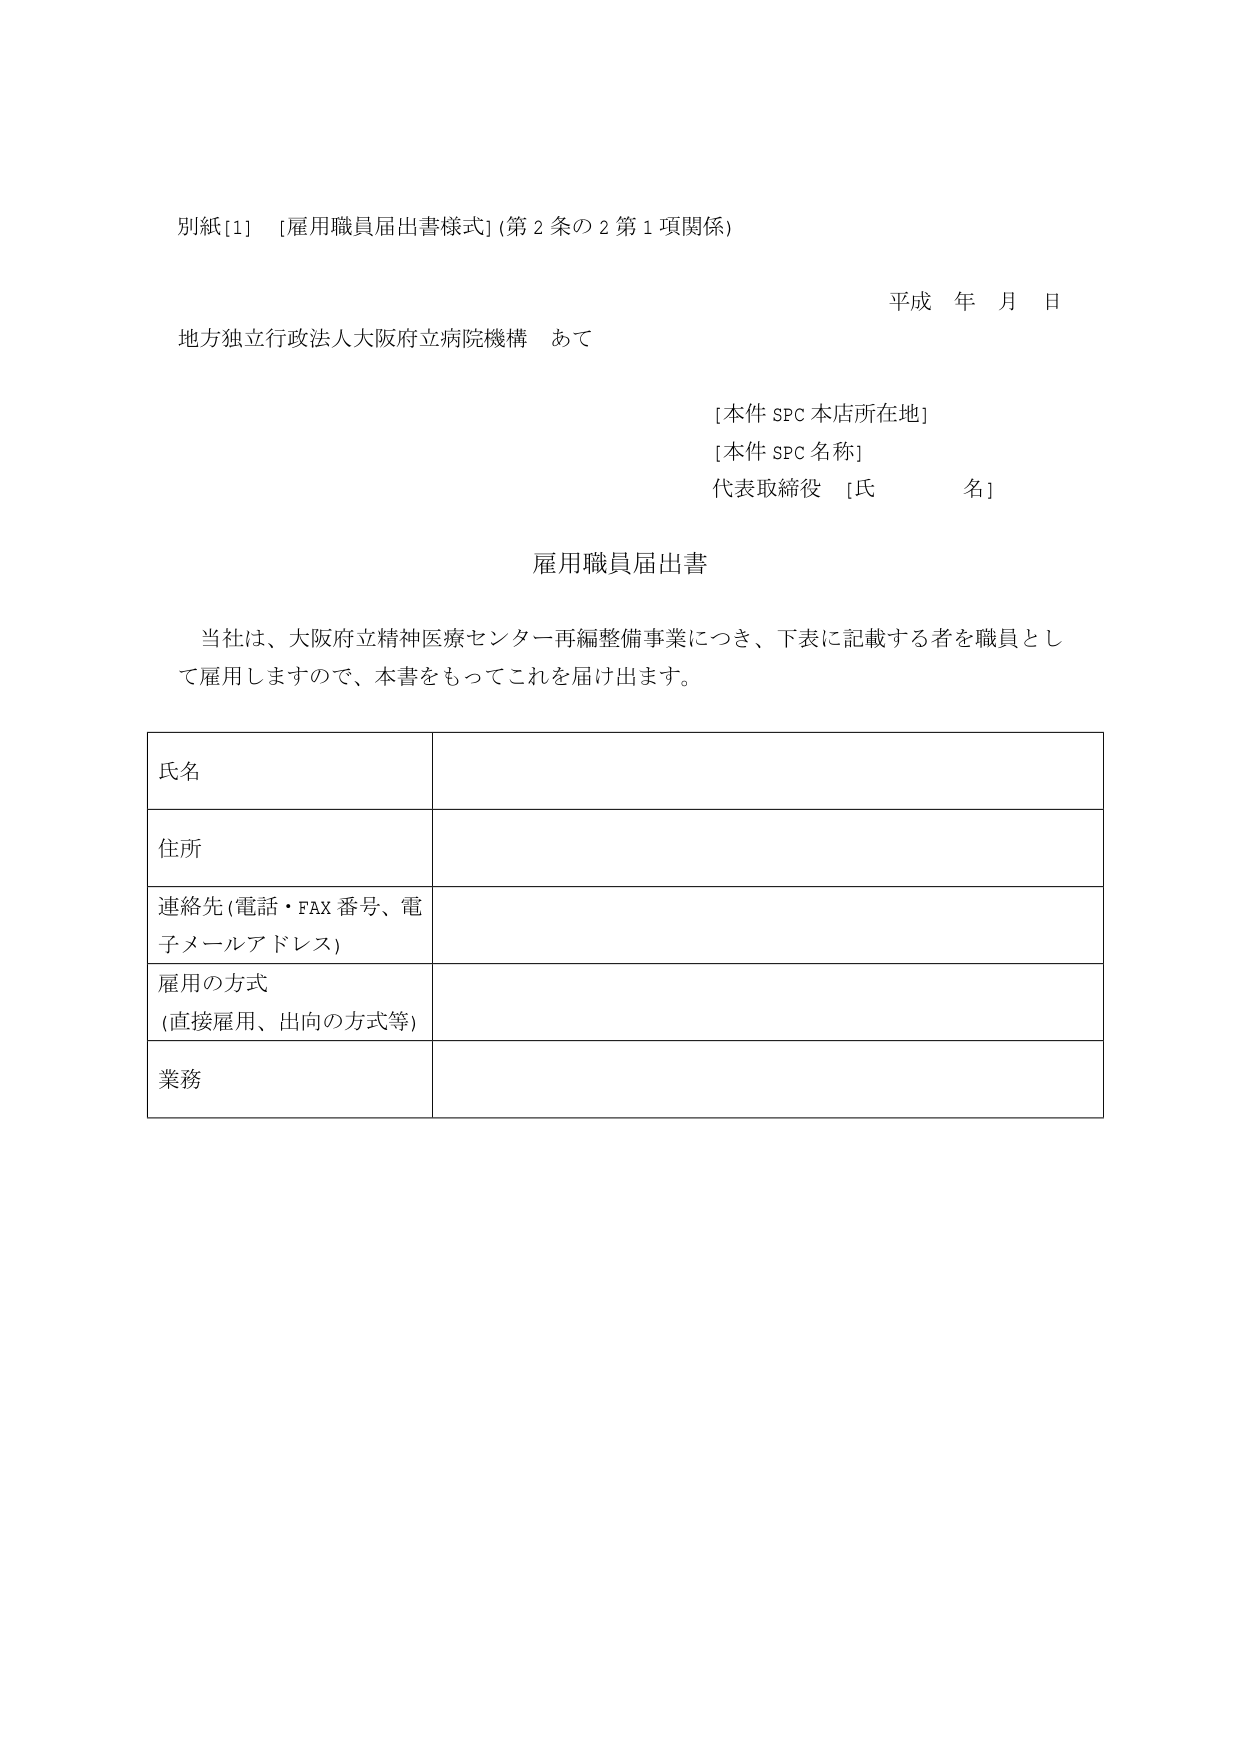
別紙[1] [雇用職員届出書様式](第2条の2第1項関係)

平成 年 月 日

地方独立行政法人大阪府立病院機構 あて

[本件SPC本店所在地]
[本件SPC名称]
代表取締役 [氏 名]

雇用職員届出書

当社は、大阪府立精神医療センター再編整備事業につき、下表に記載する者を職員として雇用しますので、本書をもってこれを届け出ます。

氏名

住所

連絡先(電話・FAX番号、電子メールアドレス)

雇用の方式
(直接雇用、出向の方式等)

業務